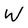
Character: W